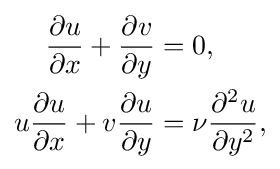
{\begin{aligned}{\frac {\partial u}{\partial x}}+{\frac {\partial v}{\partial y}}&=0,\\u{\frac {\partial u}{\partial x}}+v{\frac {\partial u}{\partial y}}&=\nu {\frac {\partial ^{2}u}{\partial y^{2}}},\end{aligned}}